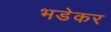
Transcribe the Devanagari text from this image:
भडेकर